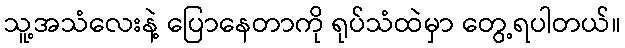
သူ့အသံလေးနဲ့ ပြောနေတာကို ရုပ်သံထဲမှာ တွေ့ရပါတယ်။